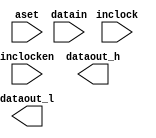
// megafunction wizard: %ALTDDIO_IN%VBB%
// GENERATION: STANDARD
// VERSION: WM1.0
// MODULE: ALTDDIO_IN 

// ============================================================
// Megafunction Name(s):
// 			ALTDDIO_IN
//
// Simulation Library Files(s):
// 			
// ============================================================
// ************************************************************
// THIS IS A WIZARD-GENERATED FILE. DO NOT EDIT THIS FILE!
//
// 17.1.0 Build 590 10/25/2017 SJ Standard Edition
// ************************************************************

//Copyright (C) 2017  Intel Corporation. All rights reserved.
//Your use of Intel Corporation's design tools, logic functions 
//and other software and tools, and its AMPP partner logic 
//functions, and any output files from any of the foregoing 
//(including device programming or simulation files), and any 
//associated documentation or information are expressly subject 
//to the terms and conditions of the Intel Program License 
//Subscription Agreement, the Intel Quartus Prime License Agreement,
//the Intel FPGA IP License Agreement, or other applicable license
//agreement, including, without limitation, that your use is for
//the sole purpose of programming logic devices manufactured by
//Intel and sold by Intel or its authorized distributors.  Please
//refer to the applicable agreement for further details.

module IDDR1 (
	aset,
	datain,
	inclock,
	inclocken,
	dataout_h,
	dataout_l);

	input	  aset;
	input	[0:0]  datain;
	input	  inclock;
	input	  inclocken;
	output	[0:0]  dataout_h;
	output	[0:0]  dataout_l;

endmodule

// ============================================================
// CNX file retrieval info
// ============================================================
// Retrieval info: LIBRARY: altera_mf altera_mf.altera_mf_components.all
// Retrieval info: PRIVATE: INTENDED_DEVICE_FAMILY STRING "Cyclone V"
// Retrieval info: CONSTANT: INTENDED_DEVICE_FAMILY STRING "Cyclone V"
// Retrieval info: CONSTANT: INVERT_INPUT_CLOCKS STRING "OFF"
// Retrieval info: CONSTANT: LPM_HINT STRING "UNUSED"
// Retrieval info: CONSTANT: LPM_TYPE STRING "altddio_in"
// Retrieval info: CONSTANT: POWER_UP_HIGH STRING "OFF"
// Retrieval info: CONSTANT: WIDTH NUMERIC "1"
// Retrieval info: USED_PORT: aset 0 0 0 0 INPUT NODEFVAL "aset"
// Retrieval info: CONNECT: @aset 0 0 0 0 aset 0 0 0 0
// Retrieval info: USED_PORT: datain 0 0 1 0 INPUT NODEFVAL "datain[0..0]"
// Retrieval info: CONNECT: @datain 0 0 1 0 datain 0 0 1 0
// Retrieval info: USED_PORT: dataout_h 0 0 1 0 OUTPUT NODEFVAL "dataout_h[0..0]"
// Retrieval info: CONNECT: dataout_h 0 0 1 0 @dataout_h 0 0 1 0
// Retrieval info: USED_PORT: dataout_l 0 0 1 0 OUTPUT NODEFVAL "dataout_l[0..0]"
// Retrieval info: CONNECT: dataout_l 0 0 1 0 @dataout_l 0 0 1 0
// Retrieval info: USED_PORT: inclock 0 0 0 0 INPUT_CLK_EXT NODEFVAL "inclock"
// Retrieval info: CONNECT: @inclock 0 0 0 0 inclock 0 0 0 0
// Retrieval info: USED_PORT: inclocken 0 0 0 0 INPUT NODEFVAL "inclocken"
// Retrieval info: CONNECT: @inclocken 0 0 0 0 inclocken 0 0 0 0
// Retrieval info: GEN_FILE: TYPE_NORMAL IDDR1.v TRUE FALSE
// Retrieval info: GEN_FILE: TYPE_NORMAL IDDR1.qip TRUE FALSE
// Retrieval info: GEN_FILE: TYPE_NORMAL IDDR1.bsf TRUE TRUE
// Retrieval info: GEN_FILE: TYPE_NORMAL IDDR1_inst.v TRUE TRUE
// Retrieval info: GEN_FILE: TYPE_NORMAL IDDR1_bb.v TRUE TRUE
// Retrieval info: GEN_FILE: TYPE_NORMAL IDDR1.inc TRUE TRUE
// Retrieval info: GEN_FILE: TYPE_NORMAL IDDR1.cmp TRUE TRUE
// Retrieval info: GEN_FILE: TYPE_NORMAL IDDR1.ppf TRUE FALSE